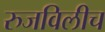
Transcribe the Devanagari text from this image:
रुजविलीच